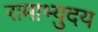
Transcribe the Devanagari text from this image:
रामाभ्युदय